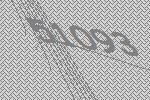
51093